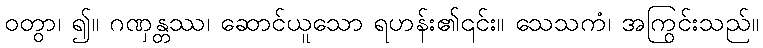
ဝတွာ၊ ၍။ ဂဏှန္တဿ၊ ဆောင်ယူသော ရဟန်း၏၎င်း။ သေသကံ၊ အကြွင်းသည်။